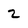
Character: 2